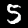
Digit: 5